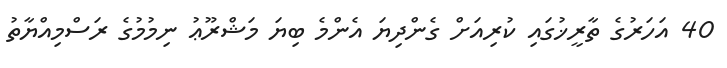
40 އަހަރުގެ ތާރީޚުގައި ކުރިއަށް ގެންދިޔަ އެންމެ ބިޔަ މަޝްރޫޢު ނިމުމުގެ ރަސްމިއްޔާތު